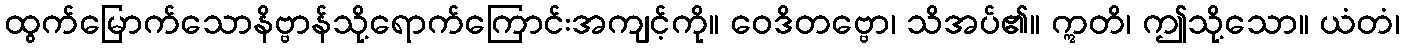
ထွက်မြောက်သောနိဗ္ဗာန်သို့ရောက်ကြောင်းအကျင့်ကို။ ဝေဒိတဗ္ဗော၊ သိအပ်၏။ ဣတိ၊ ဤသို့သော။ ယံတံ၊